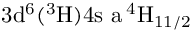
\mathrm { 3 d ^ { 6 } ( ^ { 3 } H ) 4 s \ a \, ^ { 4 } H _ { 1 1 / 2 } }